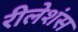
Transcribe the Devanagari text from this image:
रीलेशंस